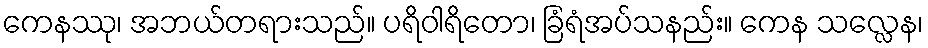
ကေနဿု၊ အဘယ်တရားသည်။ ပရိဝါရိတော၊ ခြံရံအပ်သနည်း။ ကေန သလ္လေန၊